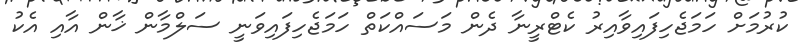
ކުރުމަށް ހަމަޖެހިފައިވާއިރު ކެޓްރީނާ ދެން މަސައްކަތް ހަމަޖެހިފައިވަނީ ސަލްމާން ޚާން އާއި އެކު